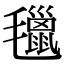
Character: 㲱